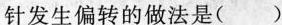
针发生偏转的做法是( )